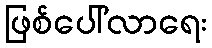
ဖြစ်ပေါ်လာရေး